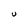
Character: U